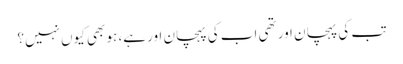
تب کی پہچان اور تھی اب کی پہچان اور ہے، ہو بھی کیوں نہیں؟